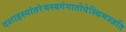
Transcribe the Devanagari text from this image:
दशाहस्यांतरेयस्यगंगातोयेस्थिमज्जति